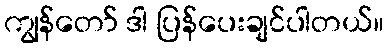
ကျွန်တော် ဒါ ပြန်ပေးချင်ပါတယ်။